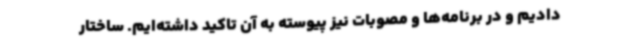
دادیم و در برنامه‌ها و مصوبات نیز پیوسته به آن تاکید داشته‌ایم. ساختار